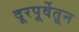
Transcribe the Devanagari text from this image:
दूरपूर्वेतून